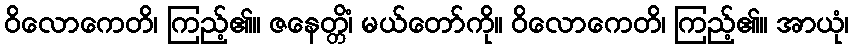
ဝိလောကေတိ၊ ကြည့်၏။ ဇနေတ္တိံ၊ မယ်တော်ကို။ ဝိလောကေတိ၊ ကြည့်၏။ အာယုံ၊